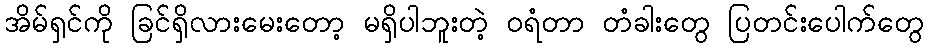
အိမ်ရှင်ကို ခြင်ရှိလားမေးတော့ မရှိပါဘူးတဲ့ ဝရံတာ တံခါးတွေ ပြတင်းပေါက်တွေ